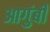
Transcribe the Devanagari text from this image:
आगुंबी